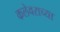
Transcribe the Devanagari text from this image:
कलेवराच्या